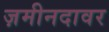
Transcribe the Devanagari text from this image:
ज़मीनदावर